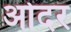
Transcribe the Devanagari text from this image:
ओदर